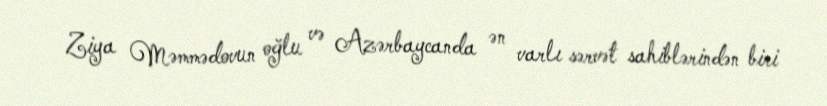
Ziya Məmmədovun oğlu və Azərbaycanda ən varlı sərvət sahiblərindən biri